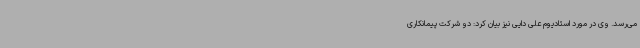
می‌رسد. وی در مورد استادیوم علی دایی نیز بیان کرد: دو شرکت پیمانکاری